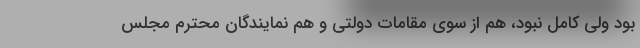
بود ولی کامل نبود، هم از سوی مقامات دولتی و هم نمایندگان محترم مجلس